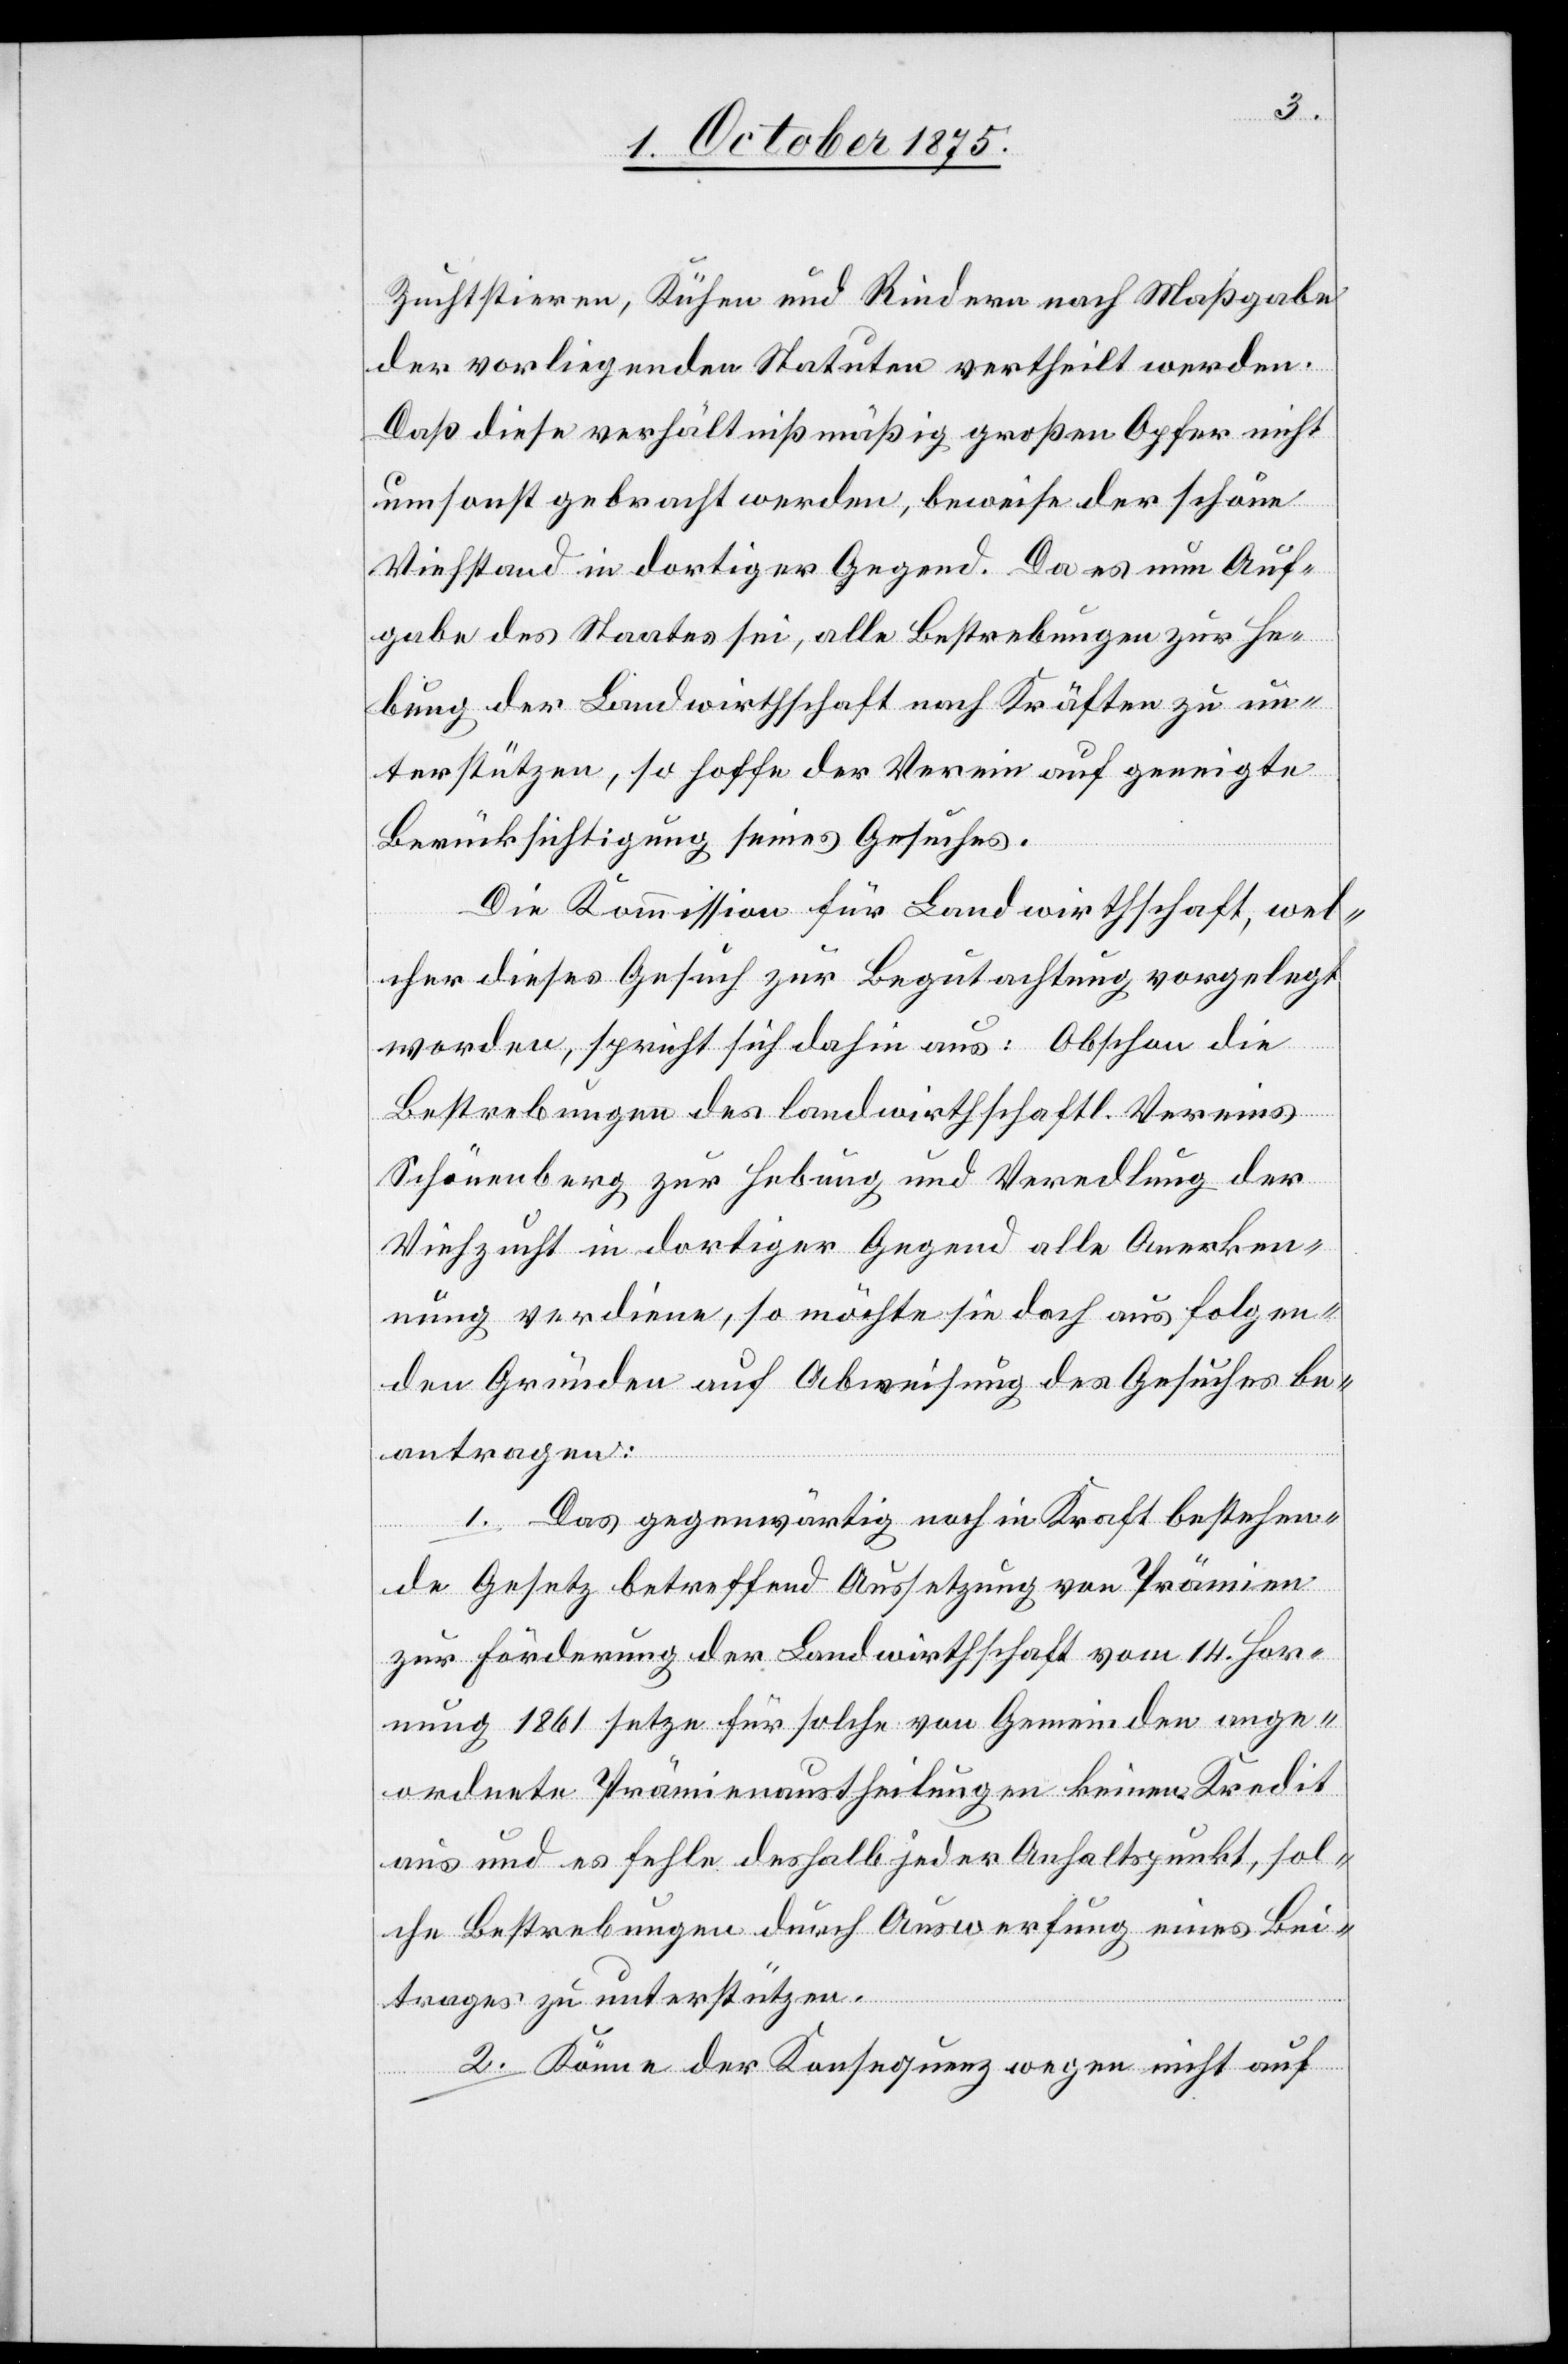
Zuchtstieren, Kühen und Rindern nach Maßgabe
der vorliegenden Statuten vertheilt werden.
Daß diese verhältnißmäßig großen Opfer nicht
umsonst gebracht werden, beweise der schöne
Viehstand in dortiger Gegend, da es nun Auf¬
gabe des Staates sei, so hoffe der Verein auf genei¬
Berücksichtigung seines Gesuches.
Die Kommission für Landwirthschaft, wel¬
cher dieses Gesuch zur Begutachtung vorgelegt
worden, spricht sich dahin aus: Obschon die
Bestrebungen des landwirthschaftl. Vereins
Schönenberg zur Hebung und Veredlung der
Viehzucht in dortiger Gegend alle Aufmerksa¬
mkeit verdiene, so möchte sie doch aus folgen¬
den Gründen auf Abweisung des Gesuches be¬
gte
antragen:
1. Das gegenwärtig noch Kraft bestehen¬
de Gesetz betreffend Aussetzung von Prämien
zur Förderung der Landwirthschaft vom 14. Hor¬
nung 1861 setze für solche von Gemeinden ange¬
ordnete Prämienaustheilungen keinen Kredit
aus und es fehle deshalb jeder Anhaltspunkt, sol¬
che Bestrebungen durch Auswerfung eines Bei¬
trages zu unterstützen.
2. Könne der Konsequenz wegen nicht auf